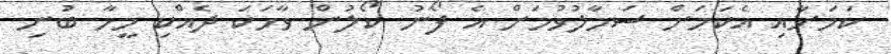
ކަމަށާއި އެކަމަށް ސަމާލުވުމަށް އެ ފޯނު ކޯލުން ވާހަކަ ދެއްކި މީހާ ބުނި